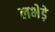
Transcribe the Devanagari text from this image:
लभेड़े